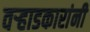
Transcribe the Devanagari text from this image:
वऱ्हाडकारांनी